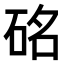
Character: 𥒊